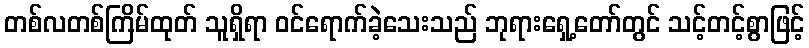
တစ်လတစ်ကြိမ်ထုတ် သူရှိရာ ဝင်ရောက်ခဲ့သေးသည် ဘုရားရှေ့တော်တွင် သင့်တင့်စွာဖြင့်